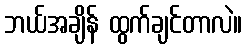
ဘယ်အချိန် ထွက်ချင်တာလဲ။